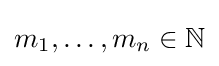
m_{1},\dots ,m_{n}\in \mathbb {N}